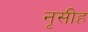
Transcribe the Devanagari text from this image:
नृसीह